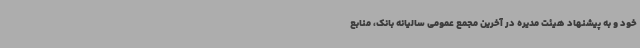
خود و به پیشنهاد هیئت مدیره در آخرین مجمع عمومی سالیانه بانک، منابع